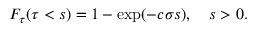
F _ { \tau } ( \tau < s ) = 1 - \exp ( - c \sigma s ) , \quad s > 0 .